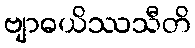
ဗျာဓယိဿသီတိ